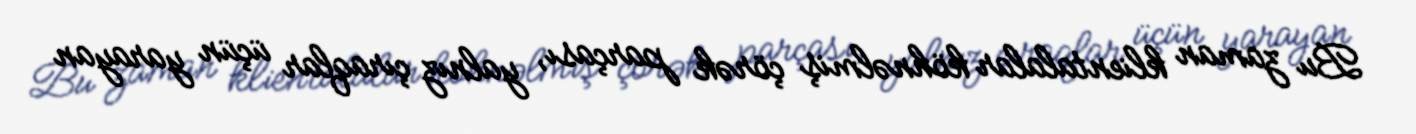
Bu zaman klientalalar köhnəlmiş çörək parçası, yalnız çıraqlar üçün yarayan